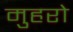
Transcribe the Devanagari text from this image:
मुहरो